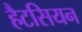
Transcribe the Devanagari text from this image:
हैटसियन